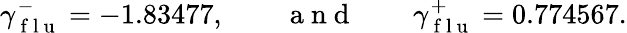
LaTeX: \gamma_{\mathrm{~f~l~u~}}^{-}=-1.83477,\qquad\mathrm{~a~n~d~}\qquad\gamma_{\mathrm{~f~l~u~}}^{+}=0.774567.